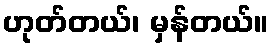
ဟုတ်တယ်၊ မှန်တယ်။